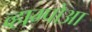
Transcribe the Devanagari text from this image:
व्हाम्पोआ